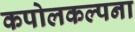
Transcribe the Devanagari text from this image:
कपोलकल्पना